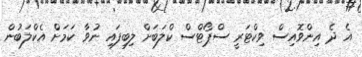
އެ ދެ އިންވޮއިސް ވިކްޓަރީ ސްޕޯޓްސް ކްލަބަށް ލިބިފައި ނުވާ ކަމަށް އެކްލަބުން